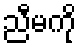
ညီမကို